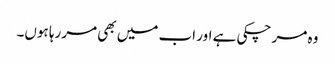
وہ مر چکی ہے اور اب میں بھی مررہا ہوں۔